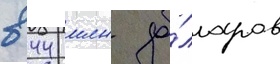
в 44 млн до́лларов